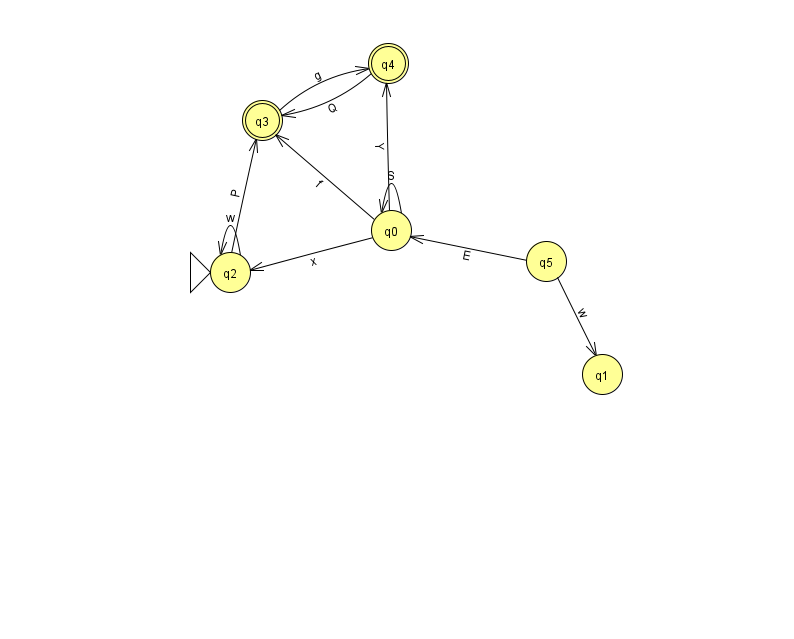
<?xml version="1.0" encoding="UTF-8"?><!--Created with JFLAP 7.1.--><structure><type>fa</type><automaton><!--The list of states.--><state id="0" name="q0"><x>391.0</x><y>217.0</y></state><state id="1" name="q1"><x>602.0</x><y>361.0</y></state><state id="2" name="q2"><x>230.0</x><y>259.0</y><initial/></state><state id="3" name="q3"><x>262.0</x><y>107.0</y><final/></state><state id="4" name="q4"><x>388.0</x><y>50.0</y><final/></state><state id="5" name="q5"><x>546.0</x><y>248.0</y></state><!--The list of transitions.--><transition><from>0</from><to>0</to><read>S</read></transition><transition><from>0</from><to>2</to><read>x</read></transition><transition><from>0</from><to>3</to><read>f</read></transition><transition><from>0</from><to>4</to><read>Y</read></transition><transition><from>2</from><to>2</to><read>w</read></transition><transition><from>5</from><to>0</to><read>E</read></transition><transition><from>3</from><to>4</to><read>g</read></transition><transition><from>5</from><to>1</to><read>w</read></transition><transition><from>2</from><to>3</to><read>P</read></transition><transition><from>4</from><to>3</to><read>Q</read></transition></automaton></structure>